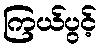
ကြယ်ပွင့်